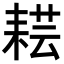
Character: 𦓷